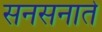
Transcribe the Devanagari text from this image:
सनसनाते